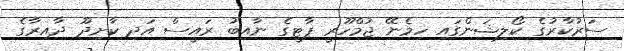
ސަރުކާރުގެ ކޯލިޝަންގައި ހިމެނޭ ޖުމްހޫރީ ޕާޓީގެ ނާއިބު ރައީސް އަދި ކާށިދޫ ދާއިރާގެ